Bombay plague: being a history of the progress of plague in the Bombay presidency from September 1896 to June 1899
Year: 1896
Disease focus: Plague
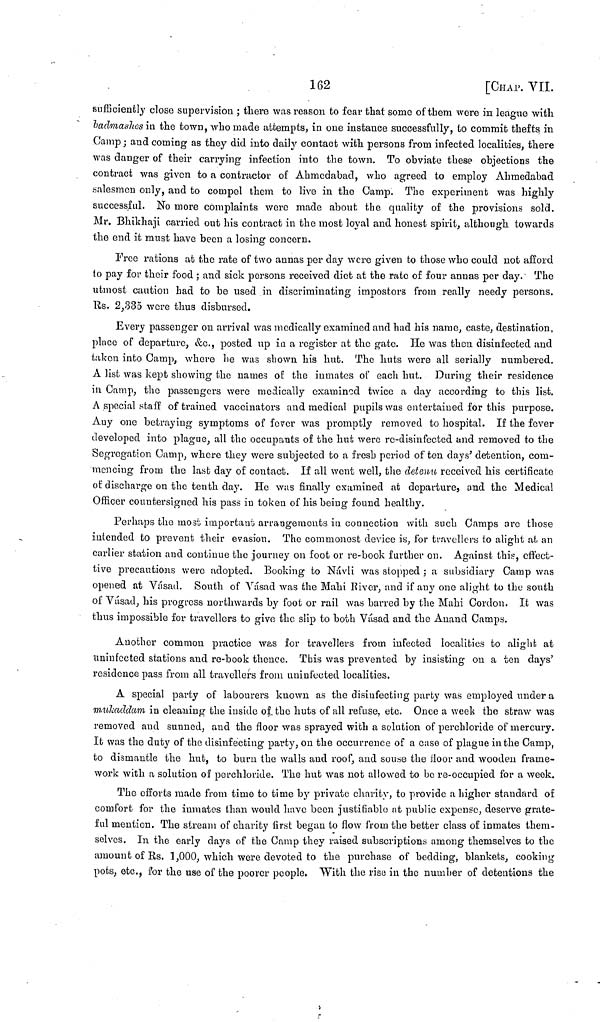
162
[CHAP. VII.
sufficiently close supervision ; there was reason to fear that some of them were in league with
badmashes in the town, who made attempts, in one instance successfully, to commit thefts in
Camp ; and coming as they did into daily contact with persons from infected localities, there
was danger of their carrying infection into the town. To obviate these objections the
contract was given to a contractor of Ahmedabad, who agreed to employ Ahmedabad
salesmen only, and to compel them to live in the Camp. The experiment was highly
successful. No more complaints were made about the quality of the provisions sold.
Mr. Bhikhaji carried out his contract in the most loyal and honest spirit, although towards
the end it must have been a losing concern.
Free rations at the rate of two annas per day were given to those who could not afford
to pay for their food ; and sick persons received diet at the rate of four annas per day. The
utmost caution had to be used in discriminating impostors from really needy persons.
Rs. 2,335 were thus disbursed.
Every passenger ou arrival was medically examined and had his name, caste, destination,
place of departure, &c., posted up in a register at the gate. He was then disinfected and
taken into Camp, where he was shown his hut. The huts were all serially numbered.
A list was kept showing the names of the inmates of each hut. During their residence
in Camp, the passengers were medically examined twice a day according to this list.
Λ special staff of trained vaccinators and medical pupils was entertained for this purpose.
Any one betraying symptoms of fever was promptly removed to hospital. If the fever
developed into plague, all the occupants of the hut were re-disinfected and removed to the
Segregation Camp, where they were subjected to a fresh period of ten days' detention, com-
mencing from the last day of contact. If all went well, the detenu received his certificate
of discharge on the tenth day. He was finally examined at departure, and the Medical
Officer countersigned his pass in token of his being found healthy.
Perhaps the most important arrangements in connection with such Camps arc those
intended to prevent their evasion. The commonest device is, for travellers to alight at, an
earlier station and continue the journey on foot or re-book further on. Against this, effect-
tive precautions were adopted. Booking to Navli was stopped ; a subsidiary Camp was
opened at Vásad. South of Vásad was the Mahi River, and if any one alight to the south
of Vásad, his progress northwards by foot or rail was barred by the Mahi Cordon. It was
thus impossible for travellers to give the slip to both Vásad and the Anand Camps.
Another common practice was for travellers from infected localities to alight at
uniufceted stations and re-book thence. This was prevented by insisting ou a ten days'
residence pass from all travellers from uniufccted localities.
A special party of labourers known as the disinfecting party was employed under a
mukaddam in cleaning the inside of the huts of all refuse, etc. Once a week the straw was
removed and sunned, and the floor was sprayed with a solution of perchloride of mercury.
It was the duty of the disinfecting party, on the occurrence of a case of plague in the Camp,
to dismantle the hut, to burn the walls and roof, and souse the floor and wooden frame-
work with a solution of porchloride. The hut was not allowed to be re-occupied for a week.
The efforts made from time to time by private charity, to provide a higher standard of
comfort for the inmates than would have been justifiable at public expense, deserve grate-
ful mention. The stream of charity first began to flow from the better class of inmates them-
selves. In the early days of the Camp they raised subscriptions among themselves to the
amount of Rs. 1,000, which were devoted to the purchase of bedding, blankets, cooking
pots, etc., for the use of the poorer people. With the rise in the number of detentions the